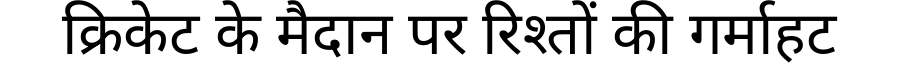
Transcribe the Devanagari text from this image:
क्रिकेट के मैदान पर रिश्तों की गर्माहट